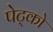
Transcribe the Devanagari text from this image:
पेट्को